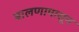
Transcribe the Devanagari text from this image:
बालणापासून